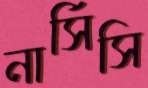
নার্সিসি